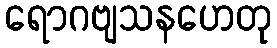
ရောဂဗျသနဟေတု